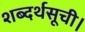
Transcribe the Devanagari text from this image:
शब्दर्थसूची।